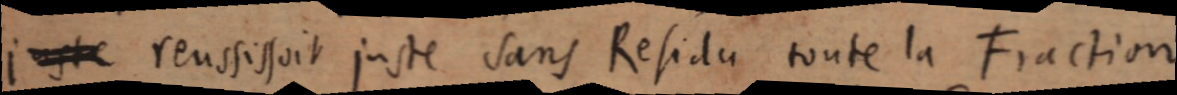
iste réussissait juste sans Résidu toute la Fraction